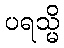
ပရသ္မိ